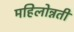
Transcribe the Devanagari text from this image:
महिलोन्नती